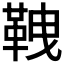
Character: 𩊒